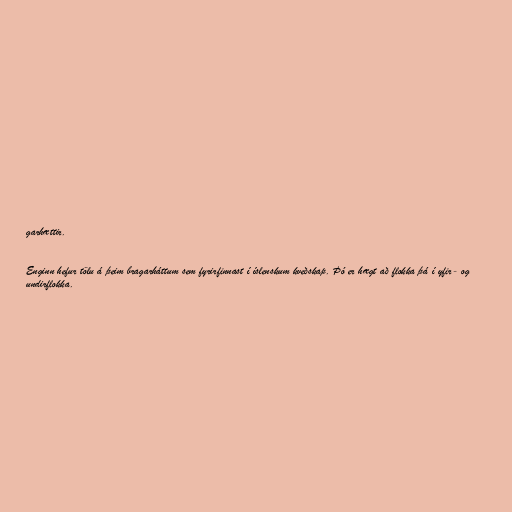
garhættir.

Enginn hefur tölu á þeim bragarháttum sem fyrirfinnast í íslenskum kveðskap. Þó er hægt að flokka þá í yfir- og
undirflokka.